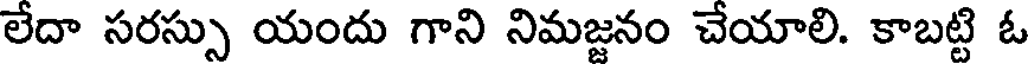
లేదా సరస్సు యందు గాని నిమజ్జనం చేయాలి. కాబట్టి ఓ